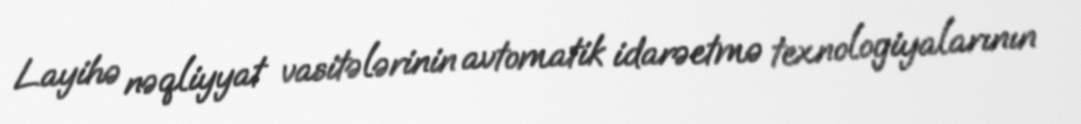
Layihə nəqliyyat vasitələrinin avtomatik idarəetmə texnologiyalarının